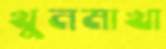
খুনমাখা